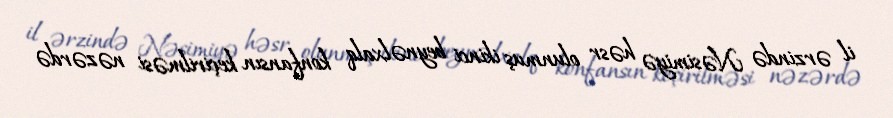
il ərzində Nəsimiyə həsr olunmuş ikinci beynəlxalq konfansın keçirilməsi nəzərdə